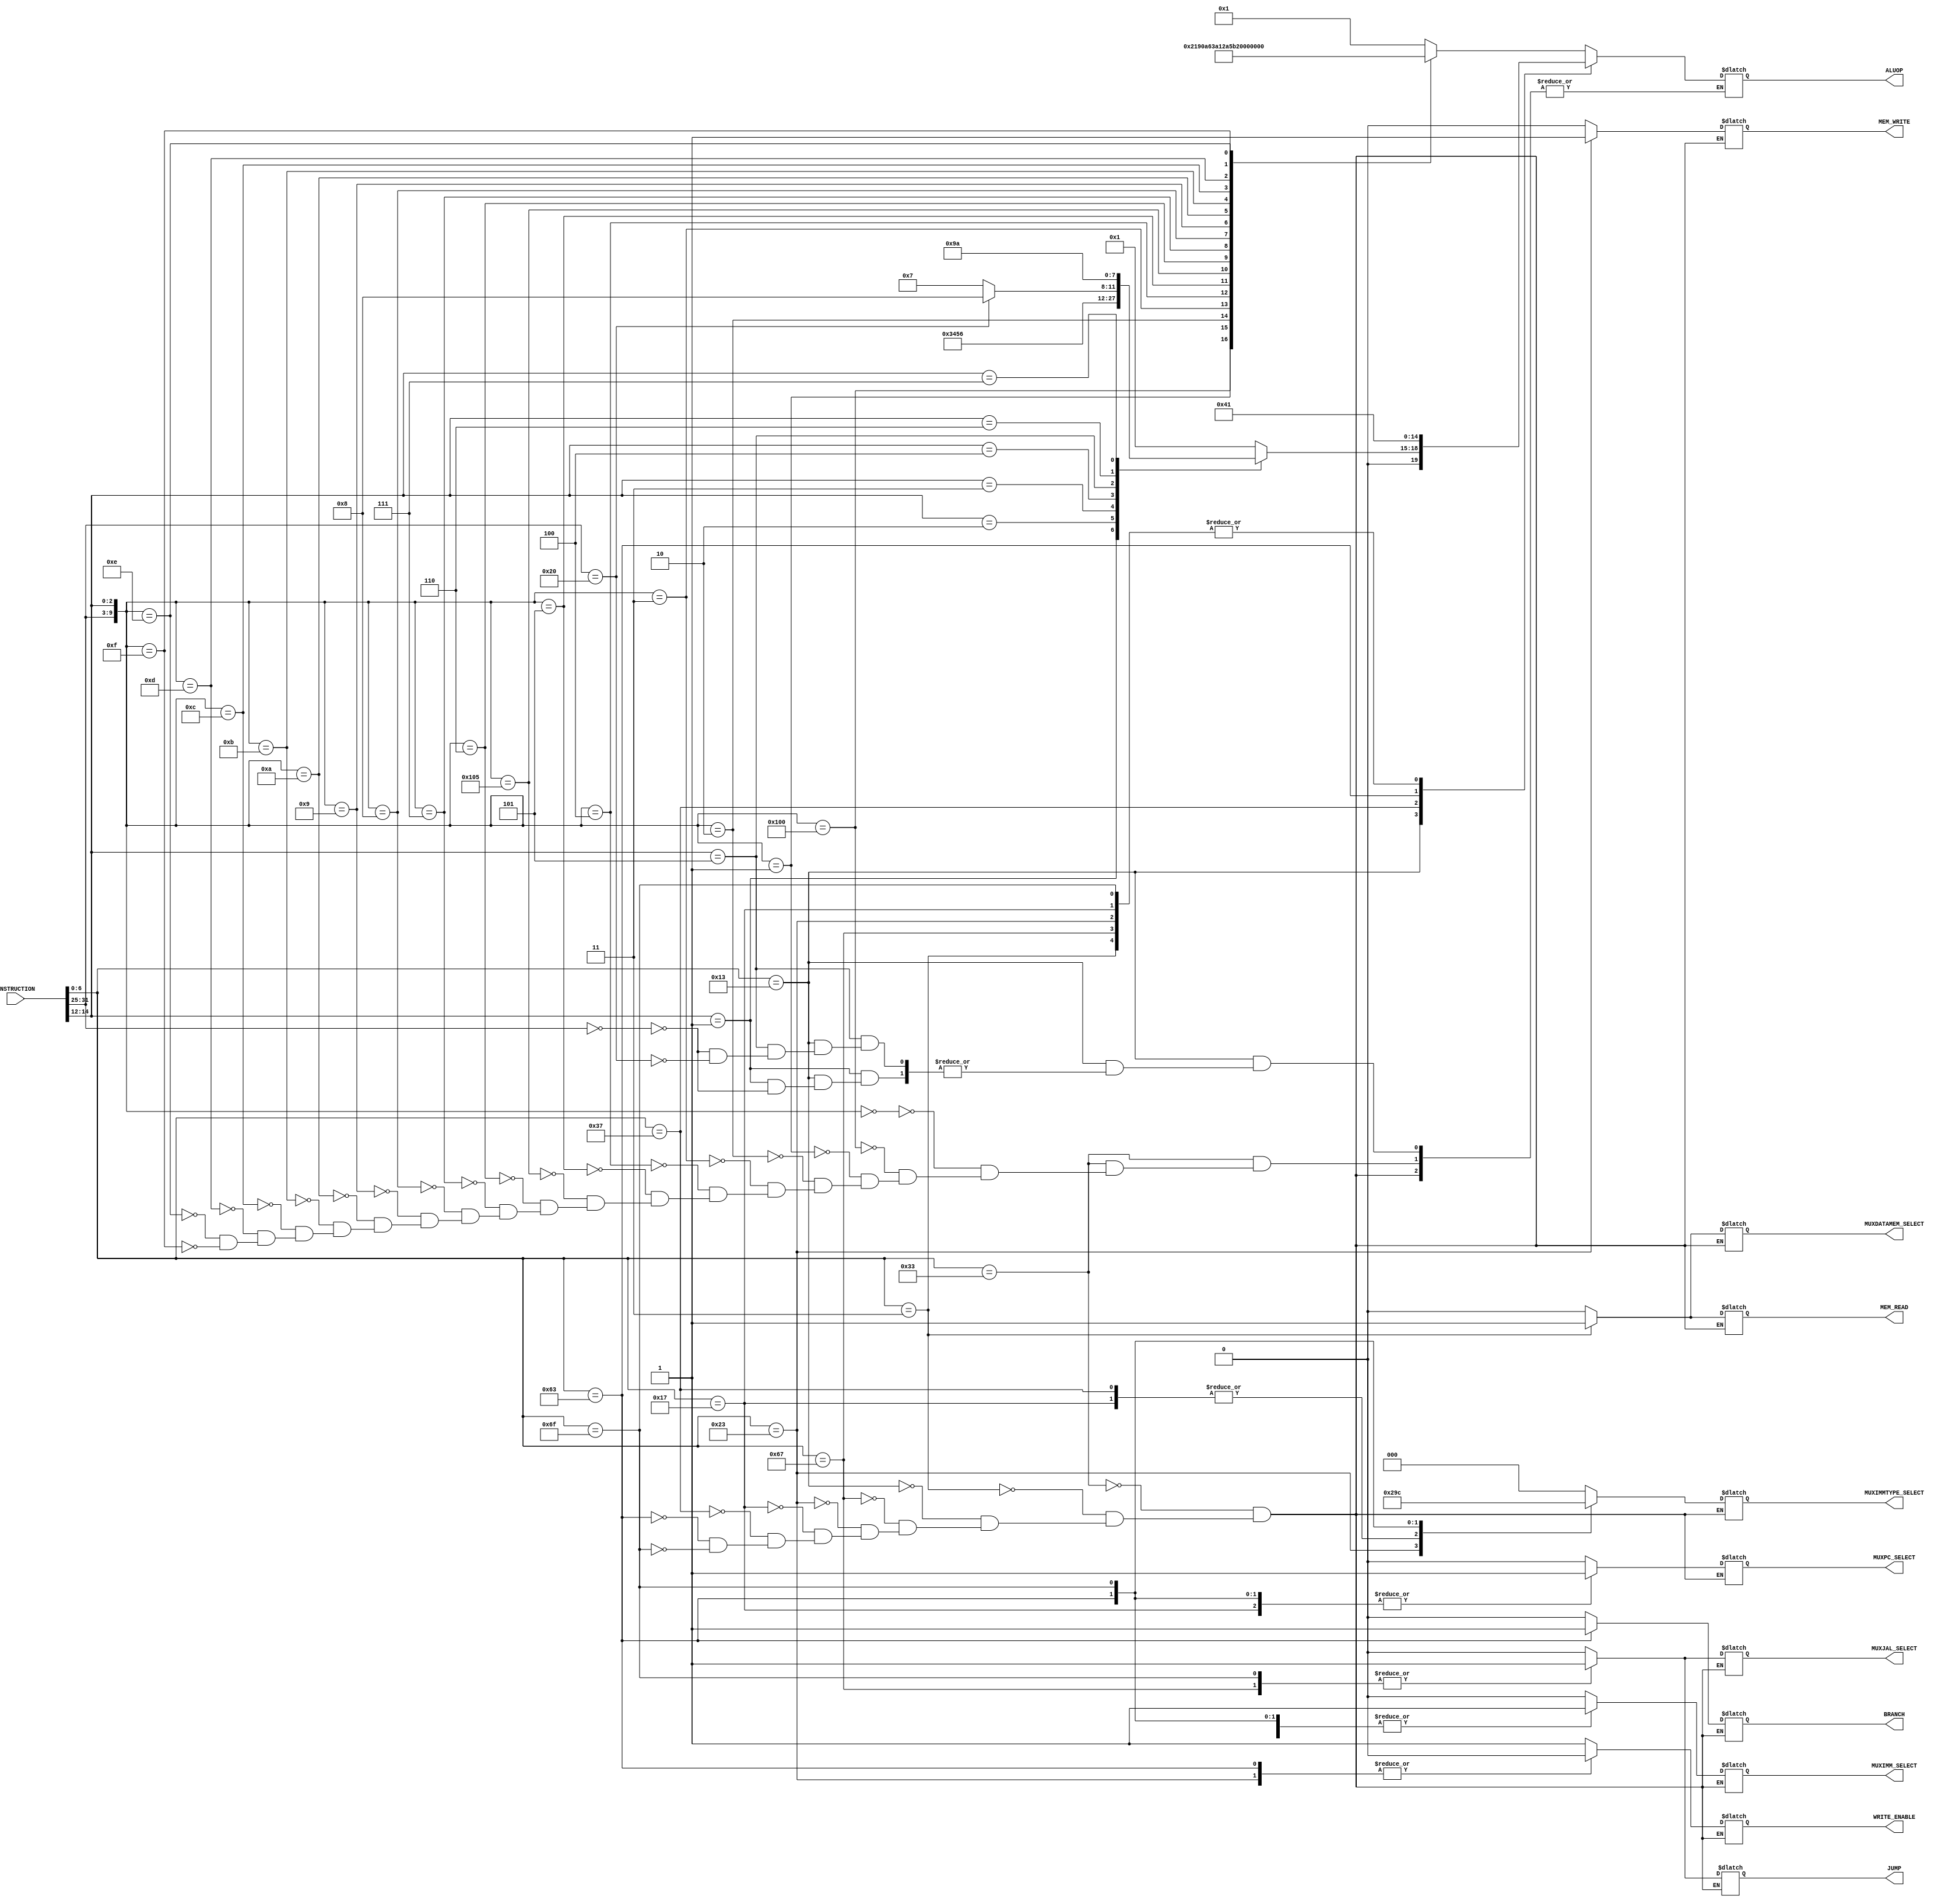
// Advanced Computer Architecture (CO502)
// Design: Control Unit
// Group Number: 4
// E Numbers: E/18/077, E/18/397, E/18/402
// Names: Nipun Dharmarathne, Shamod Wijerathne, Chatura Wimalasiri

`timescale  1ns/100ps

module control_unit(INSTRUCTION, ALUOP, MUXIMMTYPE_SELECT, MUXPC_SELECT, MUXIMM_SELECT, MUXJAL_SELECT, MUXDATAMEM_SELECT, WRITE_ENABLE, MEM_READ, MEM_WRITE, BRANCH, JUMP);
    //port declaration
    input  [31:0] INSTRUCTION;
    output reg [4:0] ALUOP;
    output reg [2:0] MUXIMMTYPE_SELECT;
	output reg MUXPC_SELECT, MUXIMM_SELECT, MUXJAL_SELECT, MUXDATAMEM_SELECT, WRITE_ENABLE, MEM_READ, MEM_WRITE, BRANCH, JUMP;
        
	wire [6:0] OPCODE;
    wire [2:0] FUNCT3;
    wire [6:0] FUNCT7;
    
    assign OPCODE = INSTRUCTION[6:0];       
    assign FUNCT3 = INSTRUCTION[14:12];     
    assign FUNCT7 = INSTRUCTION[31:25];

	always @(OPCODE, FUNCT3, FUNCT7) begin     
		case(OPCODE)
            7'b0110011: begin #1		            //R type instructions
                MUXIMMTYPE_SELECT = 3'bxxx;
                MUXPC_SELECT = 1'b0;
                MUXIMM_SELECT = 1'b0;
                MUXJAL_SELECT = 1'b0;
                MUXDATAMEM_SELECT = 1'b0;
                WRITE_ENABLE = 1'b1;
                MEM_READ = 1'b0;
                MEM_WRITE = 1'b0;
                BRANCH = 1'b0;
                JUMP = 1'b0; 
                
                case({FUNCT7, FUNCT3})
                    10'b0000000_000: ALUOP = 5'b00001;      //ADD   
                    10'b0100000_000: ALUOP = 5'b00010;      //SUB       
                    10'b0000000_001: ALUOP = 5'b00011;      //SLL     
                    10'b0000000_010: ALUOP = 5'b00100;      //SLT    
                    10'b0000000_011: ALUOP = 5'b00101;      //SLTU        
                    10'b0000000_100: ALUOP = 5'b00110;      //XOR          
                    10'b0000000_101: ALUOP = 5'b00111;      //SRL     
                    10'b0100000_101: ALUOP = 5'b01000;      //SRA     
                    10'b0000000_110: ALUOP = 5'b01001;      //OR         
                    10'b0000000_111: ALUOP = 5'b01010;      //AND     
                    10'b0000001_000: ALUOP = 5'b01011;      //MUL     
                    10'b0000001_001: ALUOP = 5'b01100;      //MULH          
                    10'b0000001_010: ALUOP = 5'b01101;      //MULHSU   
                    10'b0000001_011: ALUOP = 5'b01110;      //MULHU           
                    10'b0000001_100: ALUOP = 5'b01111;      //DIV      
                    10'b0000001_101: ALUOP = 5'b10000;      //DIVU          
                    10'b0000001_110: ALUOP = 5'b10001;      //REM        
                    10'b0000001_111: ALUOP = 5'b10010;      //REMU     
                endcase
            end
            
            7'b0000011: begin #1		            //Load instructions (LB, LH, LW, LBU, LHU)
                ALUOP = 5'b00001;
                MUXIMMTYPE_SELECT = 3'b000;
                MUXPC_SELECT = 1'b0;
                MUXIMM_SELECT = 1'b1;
                MUXJAL_SELECT = 1'b0;
                MUXDATAMEM_SELECT = 1'b1;
                WRITE_ENABLE = 1'b1;
                MEM_READ = 1'b1;
                MEM_WRITE = 1'b0;
                BRANCH = 1'b0;
                JUMP = 1'b0;                    
            end
 
            7'b0010011: begin #1                                //ADDI, SLLI, SLTI, SLTIU, XORI, SLRI, SRAI, ORI, ANDI
                MUXIMMTYPE_SELECT = 3'b000;
                MUXPC_SELECT = 1'b0;
                MUXIMM_SELECT = 1'b1;
                MUXJAL_SELECT = 1'b0;
                MUXDATAMEM_SELECT = 1'b0;
                WRITE_ENABLE = 1'b1;
                MEM_READ = 1'b0;
                MEM_WRITE = 1'b0;
                BRANCH = 1'b0;
                JUMP = 1'b0;
                
                case(FUNCT3)
                    3'b000: ALUOP = 5'b00001;                    //ADDI
                    3'b001: begin                                //SLLI
                        case(FUNCT7)
                            7'b0000000: ALUOP = 5'b00011;
                        endcase
                    end
                    
                    3'b010: ALUOP = 5'b00100;                    //SLTI
                    3'b011: ALUOP = 5'b00101;                    //SLTIU
                    3'b100: ALUOP = 5'b00110;                    //XORI
                    3'b101: begin                                //SLRI, SRAI
                        case(FUNCT7)
                            7'b0000000: ALUOP = 5'b00111;        //SRLI 
                            7'b0100000: ALUOP = 5'b01000;        //SRAI     
                        endcase                        
                    end
                    
                    3'b110: ALUOP = 5'b01001;                    //ORI
                    3'b111: ALUOP = 5'b01010;                    //ANDI
                endcase      
            end
            
            7'b1100111: begin #1                //JALR
                ALUOP = 5'b00001;
                MUXIMMTYPE_SELECT = 3'b000;
                MUXPC_SELECT = 1'b0;
                MUXIMM_SELECT = 1'b1;
                MUXJAL_SELECT = 1'b1;
                MUXDATAMEM_SELECT = 1'b0;
                WRITE_ENABLE = 1'b1;
                MEM_READ = 1'b0;
                MEM_WRITE = 1'b0;
                BRANCH = 1'b0;
                JUMP = 1'b1;             
            end
            
            7'b0100011: begin #1                //Store instructions (SB, SH, SW, SBU, SHU)
                ALUOP = 5'b00001;
                MUXIMMTYPE_SELECT = 3'b001;
                MUXPC_SELECT = 1'b0;
                MUXIMM_SELECT = 1'b1;
                MUXJAL_SELECT = 1'b0;
                MUXDATAMEM_SELECT = 1'bx;
                WRITE_ENABLE = 1'b0;
                MEM_READ = 1'b0;
                MEM_WRITE = 1'b1;
                BRANCH = 1'b0;
                JUMP = 1'b0;             
            end
            
            7'b0010111: begin #1                //AUIPC
                ALUOP = 5'b00001;
                MUXIMMTYPE_SELECT = 3'b010;
                MUXPC_SELECT = 1'b1;
                MUXIMM_SELECT = 1'b1;
                MUXJAL_SELECT = 1'b0;
                MUXDATAMEM_SELECT = 1'b0;
                WRITE_ENABLE = 1'b1;
                MEM_READ = 1'b0;
                MEM_WRITE = 1'b0;
                BRANCH = 1'b0;
                JUMP = 1'b0;             
            end            
            
            7'b0110111: begin #1                //LUI
                ALUOP = 5'b00000;
                MUXIMMTYPE_SELECT = 3'b010;
                MUXPC_SELECT = 1'bx;
                MUXIMM_SELECT = 1'b1;
                MUXJAL_SELECT = 1'b0;
                MUXDATAMEM_SELECT = 1'b0;
                WRITE_ENABLE = 1'b1;
                MEM_READ = 1'b0;
                MEM_WRITE = 1'b0;
                BRANCH = 1'b0;
                JUMP = 1'b0;             
            end             
            
            7'b1100011: begin #1                //Branch instructions
                ALUOP = 5'b00010;
                MUXIMMTYPE_SELECT = 3'b011;
                MUXPC_SELECT = 1'b1;
                MUXIMM_SELECT = 1'b1;
                MUXJAL_SELECT = 1'b0;
                MUXDATAMEM_SELECT = 1'bx;
                WRITE_ENABLE = 1'b0;
                MEM_READ = 1'b0;
                MEM_WRITE = 1'b0;
                BRANCH = 1'b1;
                JUMP = 1'b0;             
            end  

            7'b1101111: begin #1                //JAl
                ALUOP = 5'b00001;
                MUXIMMTYPE_SELECT = 3'b100;
                MUXPC_SELECT = 1'b1;
                MUXIMM_SELECT = 1'b1;
                MUXJAL_SELECT = 1'b1;
                MUXDATAMEM_SELECT = 1'b0;
                WRITE_ENABLE = 1'b1;
                MEM_READ = 1'b0;
                MEM_WRITE = 1'b0;
                BRANCH = 1'b0;
                JUMP = 1'b1;             
            end       
		endcase
    end
endmodule